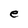
Character: e